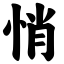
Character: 悄